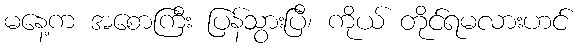
မနေ့က အစောကြီး ပြန်သွားပြီ၊ ကိုယ် တိုင်ရမလားဟင်